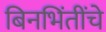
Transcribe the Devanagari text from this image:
बिनभिंतींचे